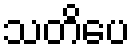
သတိပေ